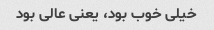
خیلی خوب بود، یعنی عالی بود